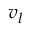
v _ { l }